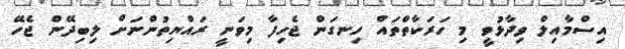
އިސްމާއިލް ވިދާޅުވީ މި ހަރަކާތްތައް ހިނގަން ޖެހިފާ މިވަނީ ރައްޔިތުންނަށް ލިބިދޭން ޖެހޭ